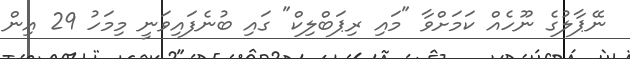
ނޭޕާލުގެ ނޫހެއް ކަމަށްވާ "މައި ރިޕަބްލިކް" ގައި ބުނެފައިވަނީ މިމަހު 29 އިން